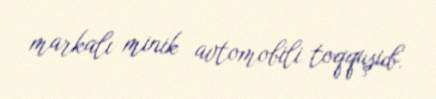
markalı minik avtomobili toqquşub.